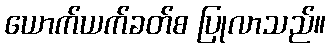
ယောက်ယက်ခတ်စ ပြုလာသည်။